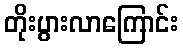
တိုးပွားလာကြောင်း